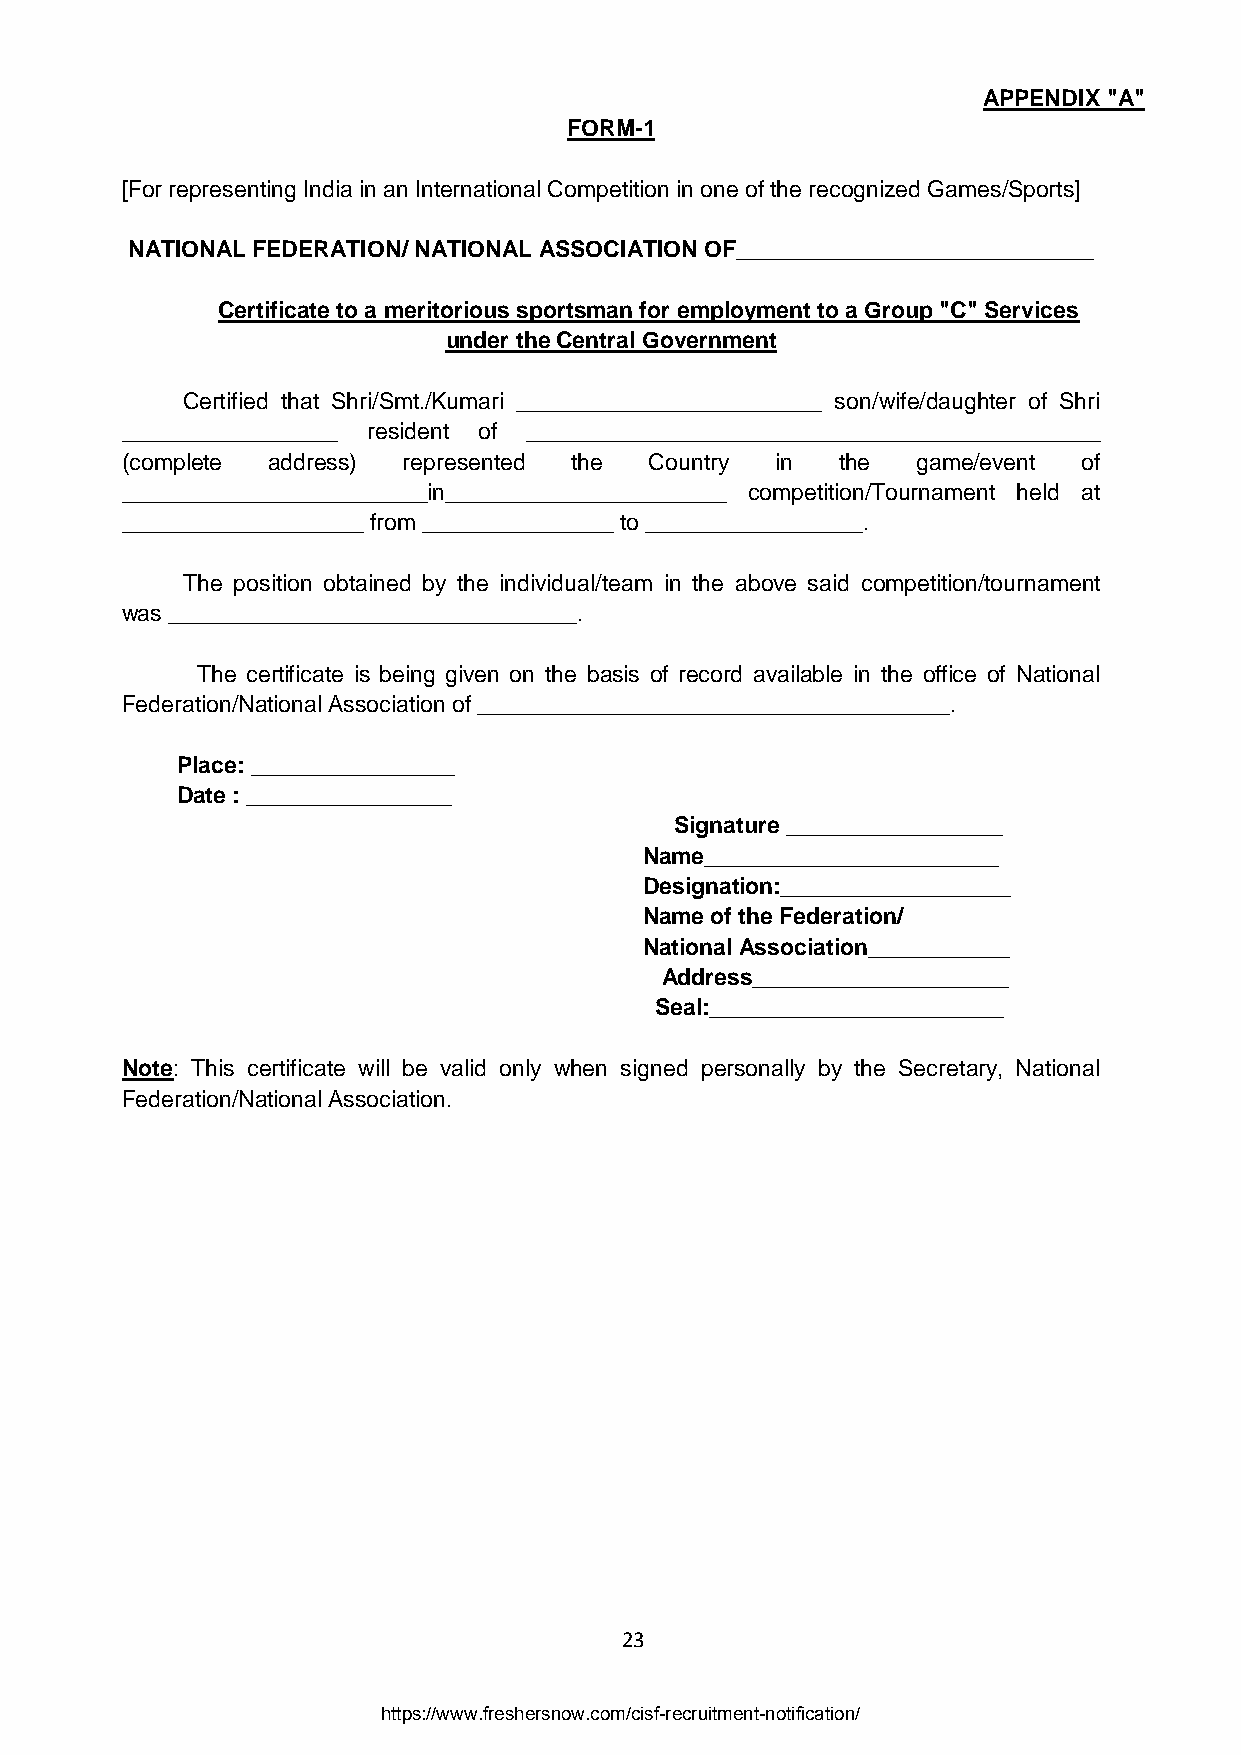
APPENDIX "A"
 FORM-1
 [For representing India in an International Competition in one of the recognized Games/Sports]
 NATIONAL FEDERATION/ NATIONAL ASSOCIATION OF____________________________
 Certificate to a meritorious sportsman for employment to a Group "C" Services
 under the Central Government
 Certified that Shri/Smt./Kumari ________________________ son/wife/daughter of Shri
 _________________ resident of _____________________________________________
 (complete address) represented the Country in  the   game/event of
 ________________________in______________________ competition/Tournament held at
 ___________________ from _______________ to _________________.
 The position obtained by the individual/team in the above said competition/tournament
 was ________________________________.
 The certificate is being given on the basis of record available in the office of National
 Federation/National Association of _____________________________________.
 Place: ________________
 Date : ________________
 Signature _________________
 Name_______________________
 Designation:__________________
 Name of the Federation/
 National Association___________
 Address____________________
 Seal:_______________________
 Note: This certificate will be valid only when signed personally by the Secretary, National
 Federation/National Association.
 23
 https://www.freshersnow.com/cisf-recruitment-notification/